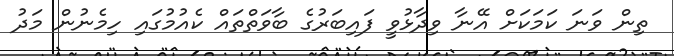
ތިން ވަނަ ކަމަކަށް އޭނާ ވިދާޅުވީ ފައިބަރުގެ ބާވަތްތައް ކެއުމުގައި ހިމެނުން މަދު